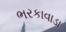
ભરકાવાડા